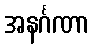
အနင်္ဂဏာ